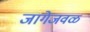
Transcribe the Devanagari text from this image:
जागेजवळ